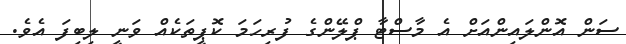
ސަން އޮންލައިންއަށް އެ މާސްޓާ ޕްލޭންގެ ފުރިހަމަ ކޮޕީތަކެއް ވަނީ ލިބިފަ އެވެ.